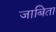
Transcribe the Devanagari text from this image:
जाबिता